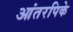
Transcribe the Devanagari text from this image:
आंतरपिके